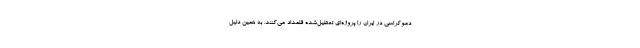
دموکراسی در ایران را پروژه‌ای تعطیل‌شده قلمداد می‌کنند. به همین دلیل